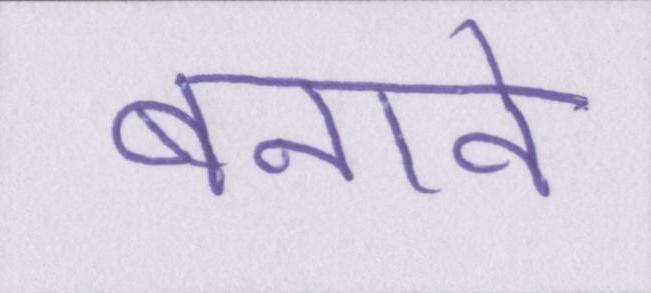
बनावे